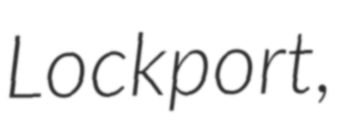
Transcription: Lockport,